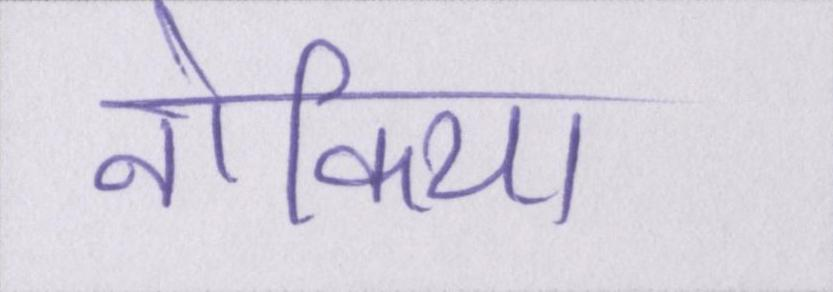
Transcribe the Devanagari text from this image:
नोकिया